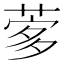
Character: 𦴌